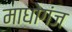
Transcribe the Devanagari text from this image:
माधोगंज